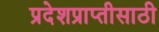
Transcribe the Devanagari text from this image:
प्रदेशप्राप्तीसाठी